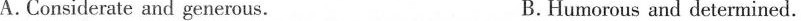
A.Considerate and generous. B.Humorous and determined.